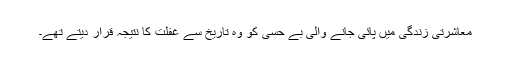
معاشرتی زندگی میں پائی جانے والی بے حسی کو وہ تاریخ سے غفلت کا نتیجہ قرار دیتے تھے۔